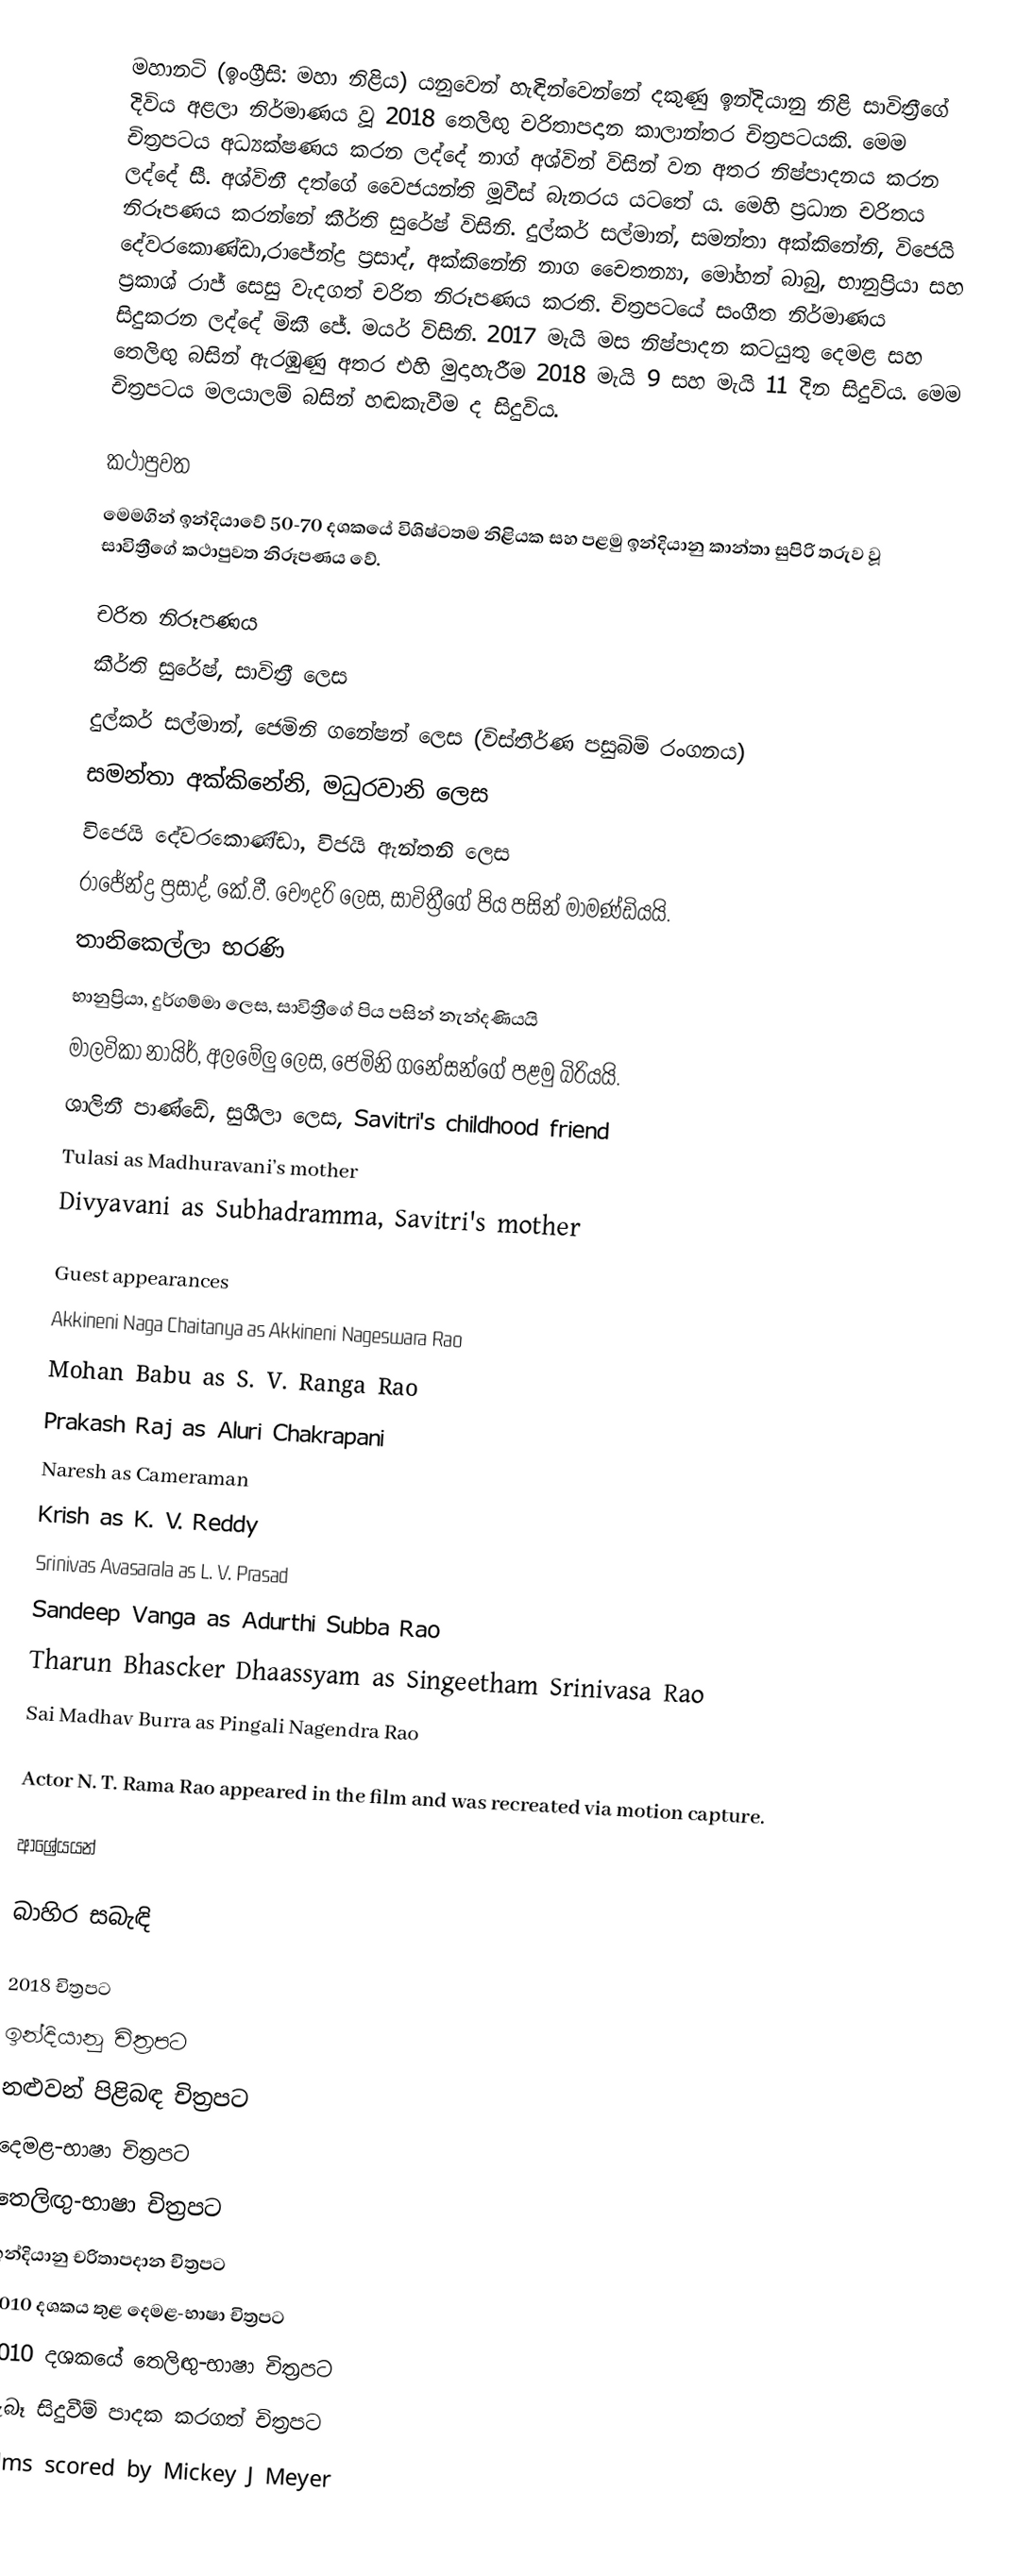
මහානටි (ඉංග්‍රීසි: මහා නිළිය) යනුවෙන් හැඳින්වෙන්නේ දකුණු ඉන්දියානු නිළි සාවිත්‍රීගේ දිවිය අළලා නිර්මාණය වූ 2018 තෙලිඟු චරිතාපදාන කාලාන්තර චිත්‍රපටයකි. මෙම චිත්‍රපටය අධ්‍යක්ෂණය ක‍රන ලද්දේ නාග් අශ්වින් විසින් වන අතර නිෂ්පාදනය කරන ලද්දේ සී. අශ්විනී දත්ගේ වෙෙජයන්ති මූවීස් බැනරය යටතේ ය. මෙහි ප්‍රධාන චරිතය නිරූපණය කරන්නේ කීර්ති සුරේෂ් විසිනි. දුල්කර් සල්මාන්, සමන්තා අක්කිනේනි, විජෙයි දේවරකොණ්ඩා,රාජේන්ද්‍ර ප්‍රසාද්, අක්කිනේනි නාග චෛතන්‍යා, මෝහන් බාබු, භානුප්‍රියා සහ ප්‍රකාශ් රාජ් සෙසු වැදගත් චරිත නිරූපණය කරති. චිත්‍රපටයේ සංගීත නිර්මාණය සිදුකරන ලද්දේ මිකී ජේ. මයර් විසිනි. 2017 මැයි මස නිෂ්පාදන කටයුතු දෙමළ සහ තෙලිඟු බසින් ඇරඹුණු අතර එහි මුදාහැරීම 2018 මැයි 9 සහ මැයි 11 දින සිදුවිය. මෙම චිත්‍රපටය මලයාලම් බසින් හඬකැවීම ද සිදුවිය.

කථාපුවත
මෙමගින් ඉන්දියාවේ 50-70 දශකයේ විශිෂ්ටතම නිළියක සහ පළමු ඉන්දියානු කාන්තා සුපිරි තරුව වූ සාවිත්‍රීගේ කථාපුවත නිරූපණය වේ.

චරිත නිරූපණය
කීර්ති සුරේෂ්, සාවිත්‍රී ලෙස
දුල්කර් සල්මාන්, ජෙමිනි ගනේෂන් ලෙස (විස්තීර්ණ පසුබිම් රංගනය)
සමන්තා අක්කිනේනි, මධුරවානි ලෙස
විජෙයි දේවරකොණ්ඩා, විජයි ඇන්තනි ලෙස
රාජේන්ද්‍ර ප්‍රසාද්, කේ.වී. චෞදරි ලෙස, සාවිත්‍රීගේ පිය පසින් මාමණ්ඩියයි.
තානිකෙල්ලා භරණි
භානුප්‍රියා, දුර්ගම්මා ලෙස, සාවිත්‍රීගේ පිය පසින් නැන්දණියයි
මාලවිකා නායිර්, අලමේලු ලෙස, ජෙමිනි ගනේසන්ගේ පළමු බිරියයි.
ශාලිනී පාණ්ඩේ, සුශීලා ලෙස, Savitri's childhood friend
Tulasi as Madhuravani’s mother
Divyavani as Subhadramma, Savitri's mother

Guest appearances
Akkineni Naga Chaitanya as Akkineni Nageswara Rao
Mohan Babu as S. V. Ranga Rao
Prakash Raj as Aluri Chakrapani
Naresh as Cameraman
Krish as K. V. Reddy
Srinivas Avasarala as L. V. Prasad
Sandeep Vanga as Adurthi Subba Rao
Tharun Bhascker Dhaassyam as Singeetham Srinivasa Rao
Sai Madhav Burra as Pingali Nagendra Rao

Actor N. T. Rama Rao appeared in the film and was recreated via motion capture.

ආශ්‍රේයයන්

බාහිර සබැඳි

2018 චිත්‍රපට
ඉන්දියානු චිත්‍රපට
නළුවන් පිළිබඳ චිත්‍රපට
දෙමළ-භාෂා චිත්‍රපට
තෙලිඟු-භාෂා චිත්‍රපට
ඉන්දියානු චරිතාපදාන චිත්‍රපට
2010 දශකය තුළ දෙමළ-භාෂා චිත්‍රපට
2010 දශකයේ තෙලිඟු-භාෂා චිත්‍රපට
සැබෑ සිදුවීම් පාදක කරගත් චිත්‍රපට
Films scored by Mickey J Meyer